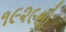
૧૯૨૯થી